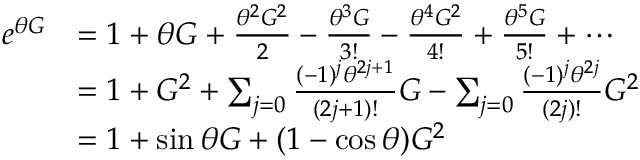
\begin{array} { r l } { e ^ { \theta G } } & { = 1 + \theta G + \frac { \theta ^ { 2 } G ^ { 2 } } { 2 } - \frac { \theta ^ { 3 } G } { 3 ! } - \frac { \theta ^ { 4 } G ^ { 2 } } { 4 ! } + \frac { \theta ^ { 5 } G } { 5 ! } + \cdots } \\ & { = 1 + G ^ { 2 } + \sum _ { j = 0 } \frac { ( - 1 ) ^ { j } \theta ^ { 2 j + 1 } } { ( 2 j + 1 ) ! } G - \sum _ { j = 0 } \frac { ( - 1 ) ^ { j } \theta ^ { 2 j } } { ( 2 j ) ! } G ^ { 2 } } \\ & { = 1 + \sin { \theta } G + ( 1 - \cos { \theta } ) G ^ { 2 } } \end{array}